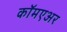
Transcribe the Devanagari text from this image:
कॉमएअर